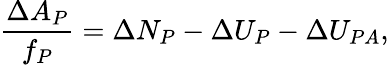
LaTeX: \frac{\Delta A_{P}}{f_{P}}=\Delta N_{P}-\Delta U_{P}-\Delta U_{PA},